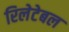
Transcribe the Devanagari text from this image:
रिलेटेबल